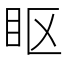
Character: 眍